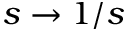
s \to 1 / s